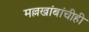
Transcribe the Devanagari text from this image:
मल्लखांबांचीही